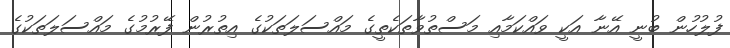
ފުލުހުން ބުނީ އޭނާ އަކީ ވައްކަމާއި މަސްތުވާތަކެތީގެ މައްސަލަތަކުގެ އިތުރުން ފޭރުމުގެ މައްސަލަތަކުގެ